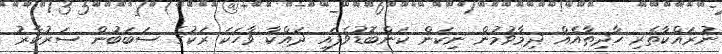
ނުރައްކާތެރި ހާދިޡާއެއް ދިމާވުމުން ނިކަން ކަންބޮޑުވެފައި ދައްކާ ވާހަކަ ރަކުގެ ސަބަބުން ސަރުކާރު